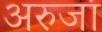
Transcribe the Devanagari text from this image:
अरुजा